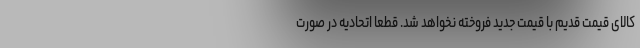
کالای قیمت قدیم با قیمت جدید فروخته نخواهد شد. قطعا اتحادیه در صورت